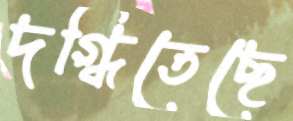
দগ্ধিতেছে